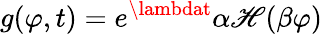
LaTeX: g(\varphi,t)=e^{\lambdat}\alpha\mathscr{H}(\beta\varphi)